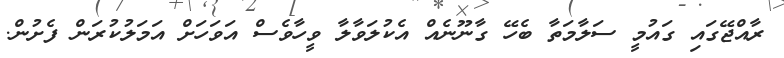
ރާއްޖޭގައި ގައުމީ ސަލާމަތާ ބެހޭ ގާނޫނެއް އެކުލަވާލާ ވީހާވެސް އަވަހަށް އަމަލުކުރަން ފެށުން.